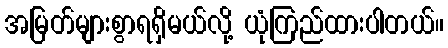
အမြတ်များစွာရရှိမယ်လို့ ယုံကြည်ထားပါတယ်။